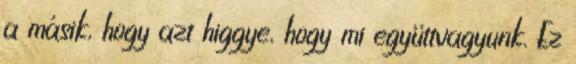
a másik, hogy azt higgye, hogy mi együttvagyunk. Ez